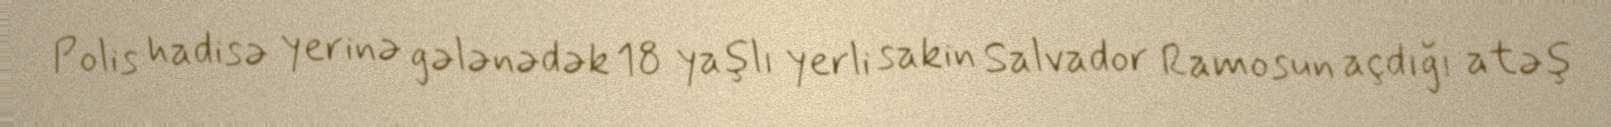
Polis hadisə yerinə gələnədək 18 yaşlı yerli sakin Salvador Ramosun açdığı atəş